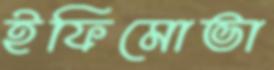
ইফিমোভা